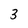
Character: 3